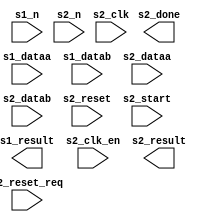

module float (
	s1_dataa,
	s1_datab,
	s1_n,
	s1_result,
	s2_clk,
	s2_clk_en,
	s2_dataa,
	s2_datab,
	s2_n,
	s2_reset,
	s2_reset_req,
	s2_start,
	s2_done,
	s2_result);	

	input	[31:0]	s1_dataa;
	input	[31:0]	s1_datab;
	input	[3:0]	s1_n;
	output	[31:0]	s1_result;
	input		s2_clk;
	input		s2_clk_en;
	input	[31:0]	s2_dataa;
	input	[31:0]	s2_datab;
	input	[2:0]	s2_n;
	input		s2_reset;
	input		s2_reset_req;
	input		s2_start;
	output		s2_done;
	output	[31:0]	s2_result;
endmodule